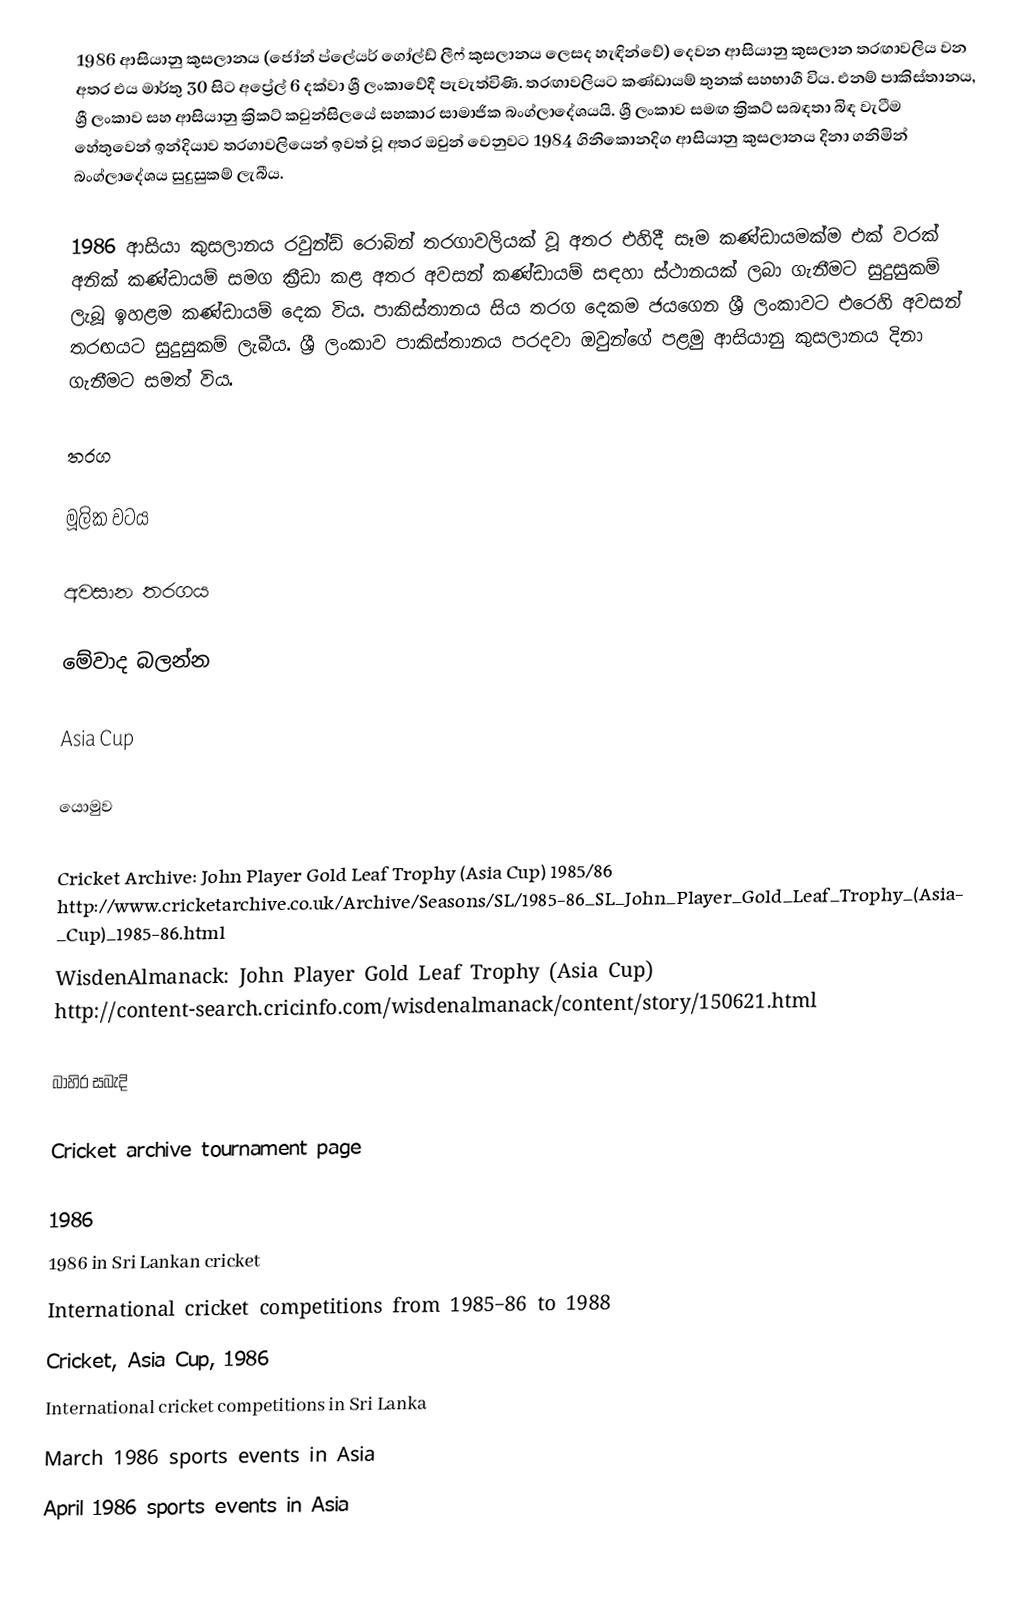
1986 ආසියානු කුසලානය (ජෝන් ප්ලේයර් ගෝල්ඩ් ලීෆ් කුසලානය ලෙසද හැඳින්වේ) දෙවන ආසියානු කුසලාන තරඟාවලිය වන අතර එය මාර්තු 30 සිට අප්‍රේල් 6 දක්වා ශ්‍රී ලංකාවේදී පැවැත්විණි. තරඟාවලියට කණ්ඩායම් තුනක් සහභාගී විය. එනම් පාකිස්තානය, ශ්‍රී ලංකාව සහ ආසියානු ක්‍රිකට් කවුන්සිලයේ සහකාර සාමාජික බංග්ලාදේශයයි. ශ්‍රී ලංකාව සමඟ ක්‍රිකට් සබඳතා බිඳ වැටීම හේතුවෙන් ඉන්දියාව තරගාවලියෙන් ඉවත් වූ අතර ඔවුන් වෙනුවට 1984 ගිනිකොනදිග ආසියානු කුසලානය දිනා ගනිමින් බංග්ලාදේශය සුදුසුකම් ලැබීය.

1986 ආසියා කුසලානය රවුන්ඩ් රොබින් තරගාවලියක් වූ අතර එහිදී සෑම කණ්ඩායමක්ම එක් වරක් අනික් කණ්ඩායම් සමග ක්‍රීඩා කළ අතර අවසන් කණ්ඩායම් සඳහා ස්ථානයක් ලබා ගැනීමට සුදුසුකම් ලැබූ ඉහළම කණ්ඩායම් දෙක විය. පාකිස්තානය සිය තරග දෙකම ජයගෙන ශ්‍රී ලංකාවට එරෙහි අවසන් තරඟයට සුදුසුකම් ලැබීය. ශ්‍රී ලංකාව පාකිස්තානය පරදවා ඔවුන්ගේ පළමු ආසියානු කුසලානය දිනා ගැනීමට සමත් විය.

තරග

මූලික වටය

අවසාන තරගය

මේවාද බලන්න

 Asia Cup

යොමුව

 Cricket Archive: John Player Gold Leaf Trophy (Asia Cup) 1985/86 http://www.cricketarchive.co.uk/Archive/Seasons/SL/1985-86_SL_John_Player_Gold_Leaf_Trophy_(Asia_Cup)_1985-86.html
 WisdenAlmanack: John Player Gold Leaf Trophy (Asia Cup) http://content-search.cricinfo.com/wisdenalmanack/content/story/150621.html

බාහිර සබැදි

 Cricket archive tournament page

1986
1986 in Sri Lankan cricket
International cricket competitions from 1985–86 to 1988
Cricket, Asia Cup, 1986
International cricket competitions in Sri Lanka
March 1986 sports events in Asia
April 1986 sports events in Asia